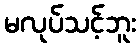
မလုပ်သင့်ဘူး